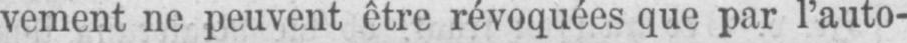
vement ne peuvent être révoquées que par l’auto-